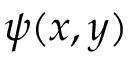
\psi ( x , y )